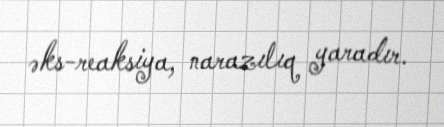
əks-reaksiya, narazılıq yaradır.